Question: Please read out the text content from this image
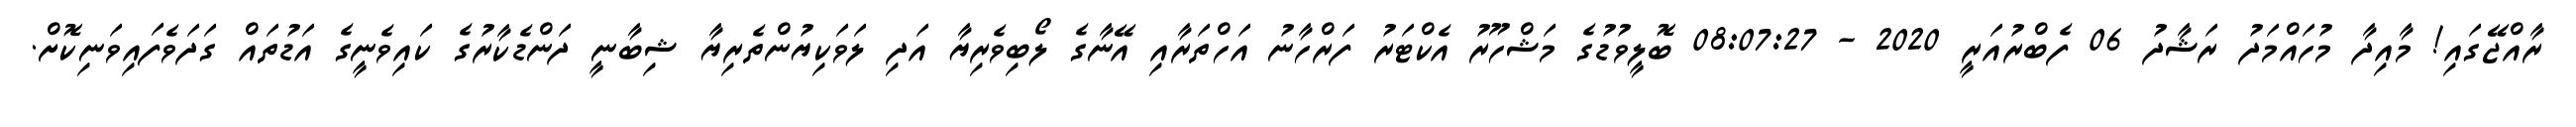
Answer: ރާއްޖޭގައި! މާއިދާ މުހައްމަދު ރަޝާދު 06 ފެބްރުއަރީ 2020 - 08:07:27 ބޮލީވުޑުގެ މަޝްހޫރު އެކްޓަރު ފަރްހާނު އަހްތަރާއި އޭނާގެ ލޯބިވެރިޔާ އަދި ލަވަކިޔުންތެރިޔާ ޝިބާނީ ދަންޑެކާރުގެ ކައިވެނީގެ އަޑުތައް ގަދަވެފައިވަނިކޮށް.